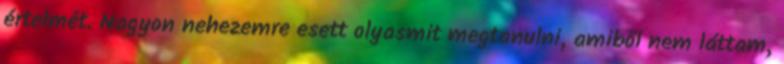
értelmét. Nagyon nehezemre esett olyasmit megtanulni, amiből nem láttam,